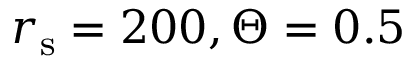
r _ { \mathrm { s } } = 2 0 0 , \Theta = 0 . 5